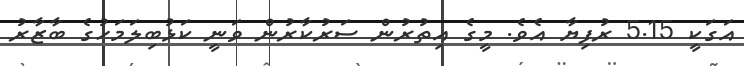
އަގަކީ 5.15 ރުފިޔާ އެވެ. މީގެ އިތުރުން ސަރުކާރުން ވަނީ ކަޅުބިލަމަހުގެ ބާޒާރު